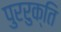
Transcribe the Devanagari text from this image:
पुररुक्ति